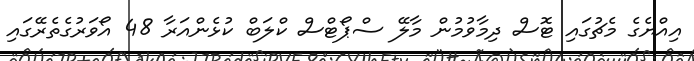
އިއްޔެގެ މެޗުގައި ޓޮސް ދިމާވުމުން މާލޭ ސްޕޯޓްސް ކްލަބް ކުޅެންއަރާ 48 އޯވަރުގެތެރޭގައި